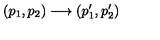
( p _ { 1 } , p _ { 2 } ) \longrightarrow ( p _ { 1 } ^ { \prime } , p _ { 2 } ^ { \prime } )